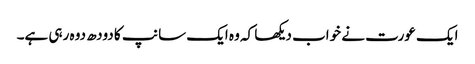
ایک عورت نے خواب دیکھا کہ وہ ایک سانپ کا دودھ دوہ رہی ہے۔